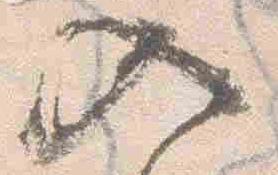
入